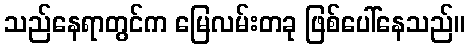
သည်နေရာတွင်က မြေလမ်းတခု ဖြစ်ပေါ်နေသည်။